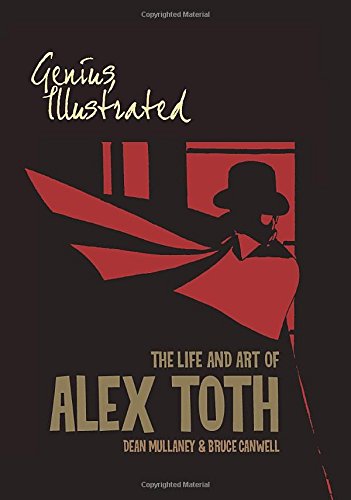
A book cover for Genius, Illustrated: The Life and Art of Alex Toth; Bruce Canwell; Comics & Graphic Novels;